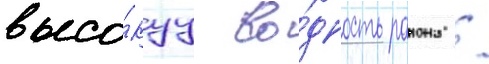
высо́куу во́дность раиона /